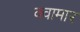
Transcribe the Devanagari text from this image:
क्वामार